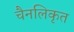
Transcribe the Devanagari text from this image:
चैनलिकृत